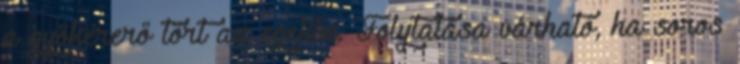
a gyökérerő tört az egekbe. Folytatása várható, ha soros